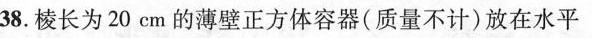
38.棱长为20cm的薄壁正方体容器(质量不计)放在水平